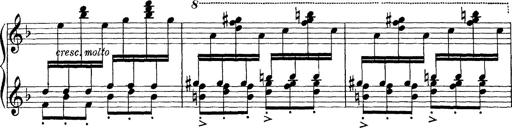
Title: Scherzo und Marsch
Composer: Franz Liszt